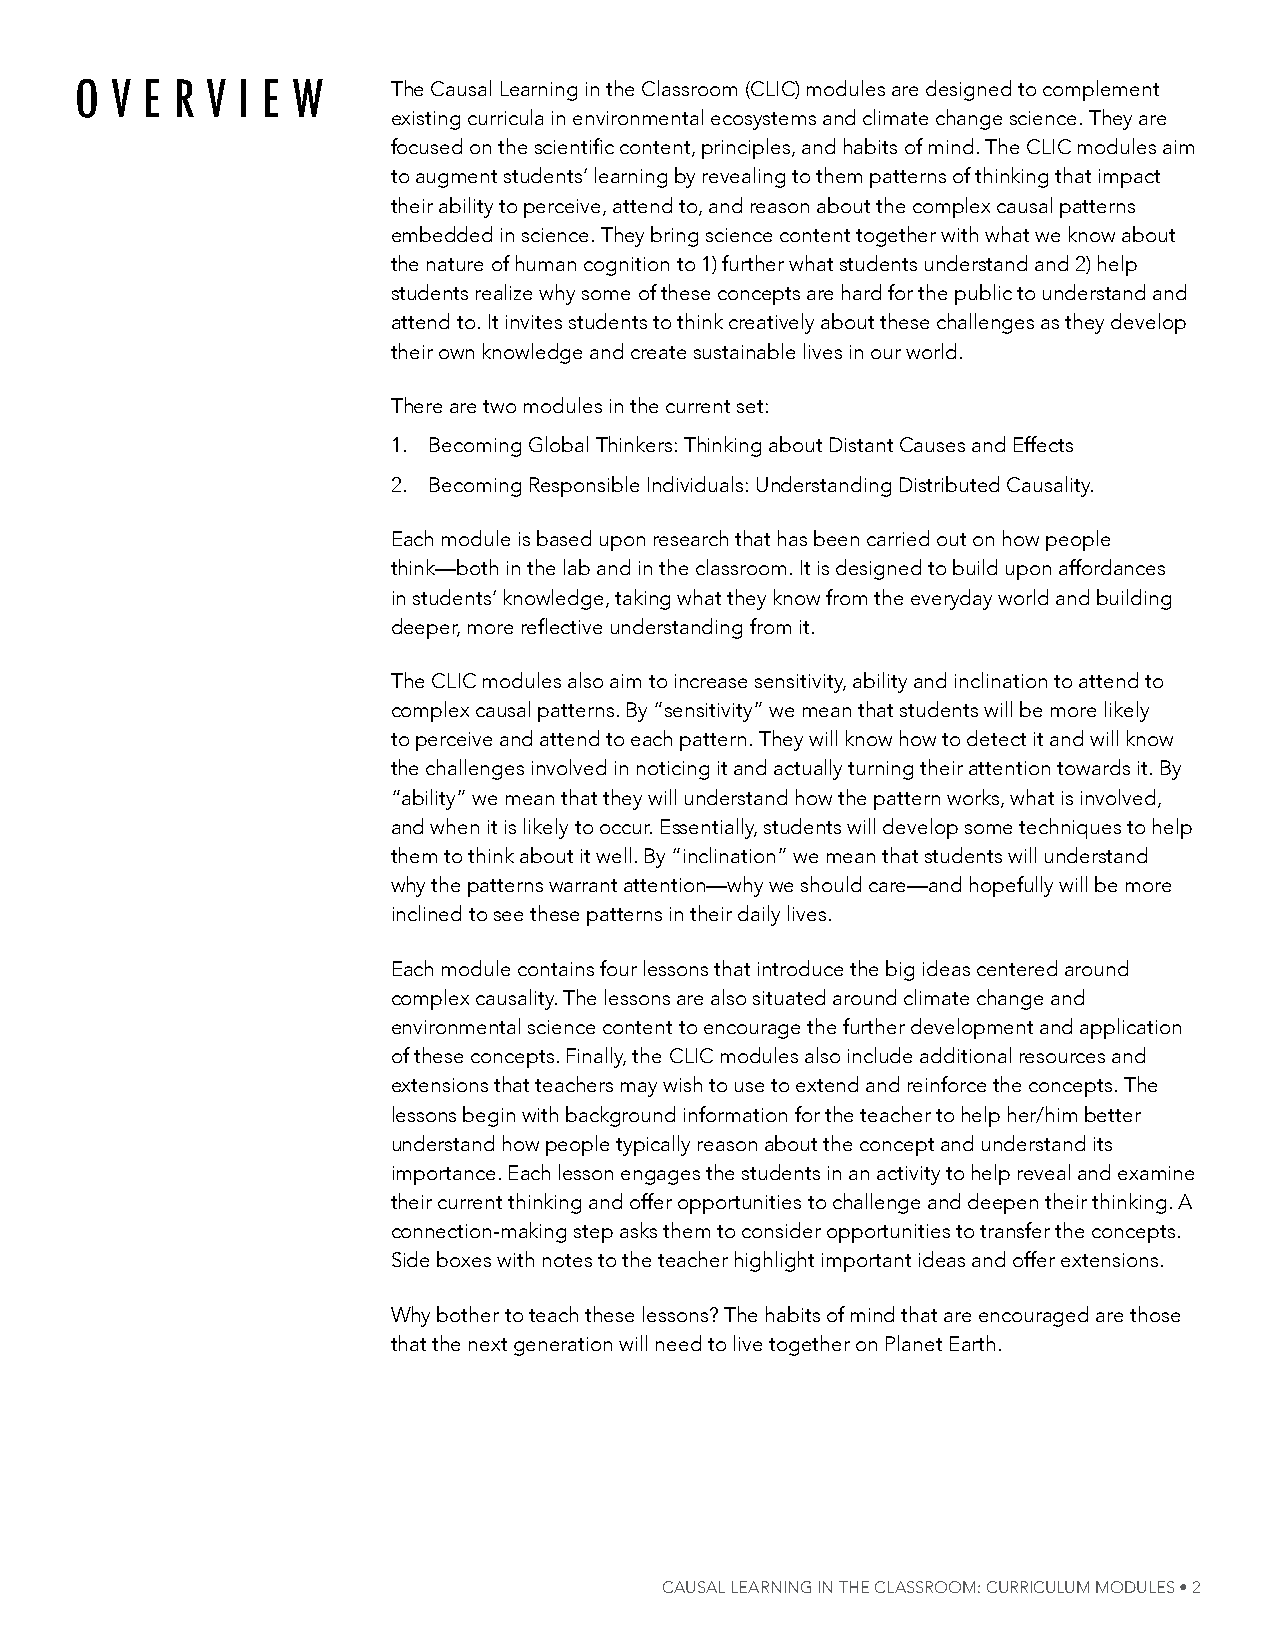
oVe  r   Vi e W      the Causal learning in the Classroom (CliC) modules are designed to complement
 existing curricula in environmental ecosystems and climate change science. they are
 focused on the scientific content, principles, and habits of mind. The CliC modules aim
 to augment students’ learning by revealing to them patterns of thinking that impact
 their ability to perceive, attend to, and reason about the complex causal patterns
 embedded in science. they bring science content together with what we know about
 the nature of human cognition to 1) further what students understand and 2) help
 students realize why some of these concepts are hard for the public to understand and
 attend to. it invites students to think creatively about these challenges as they develop
 their own knowledge and create sustainable lives in our world.
 there are two modules in the current set:
 1. Becoming global thinkers: thinking about Distant Causes and effects
 2. Becoming responsible individuals: understanding Distributed Causality.
 each module is based upon research that has been carried out on how people
 think—both in the lab and in the classroom. it is designed to build upon affordances
 in students’ knowledge, taking what they know from the everyday world and building
 deeper, more reflective understanding from it.
 the CliC modules also aim to increase sensitivity, ability and inclination to attend to
 complex causal patterns. By “sensitivity” we mean that students will be more likely
 to perceive and attend to each pattern. they will know how to detect it and will know
 the challenges involved in noticing it and actually turning their attention towards it. By
 “ability” we mean that they will understand how the pattern works, what is involved,
 and when it is likely to occur. essentially, students will develop some techniques to help
 them to think about it well. By “inclination” we mean that students will understand
 why the patterns warrant attention—why we should care—and hopefully will be more
 inclined to see these patterns in their daily lives.
 each module contains four lessons that introduce the big ideas centered around
 complex causality. the lessons are also situated around climate change and
 environmental science content to encourage the further development and application
 of these concepts. Finally, the CliC modules also include additional resources and
 extensions that teachers may wish to use to extend and reinforce the concepts. the
 lessons begin with background information for the teacher to help her/him better
 understand how people typically reason about the concept and understand its
 importance. each lesson engages the students in an activity to help reveal and examine
 their current thinking and offer opportunities to challenge and deepen their thinking. a
 connection-making step asks them to consider opportunities to transfer the concepts.
 side boxes with notes to the teacher highlight important ideas and offer extensions.
 Why bother to teach these lessons? the habits of mind that are encouraged are those
 that the next generation will need to live together on Planet earth.
 Causal learNiNg iN The Classroom: CurriCulum modules • 2